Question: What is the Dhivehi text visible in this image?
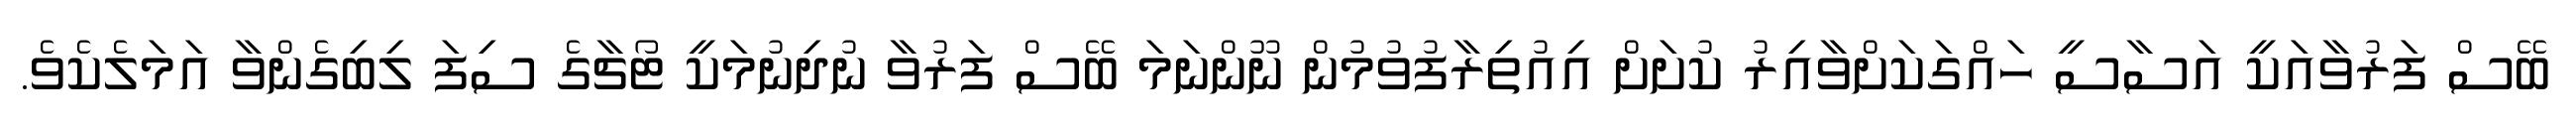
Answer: ބޭސް ފަރުވާއަކީ އަސާސީ ހައްގަކަށްވާއިރު ކުށަށް އިއުތިރާފުވުމުން ނޫންނަމަ ބޭސް ފަރުވާ ނުދިނުމަކީ ޓޯޗާގެ ސިފަ ލިބިގެންވާ އަމަލެކެވެ.